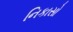
નિકાસો